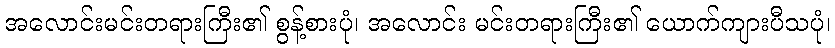
အလောင်းမင်းတရားကြီး၏ စွန့်စားပုံ၊ အလောင်း မင်းတရားကြီး၏ ယောက်ကျားပီသပုံ၊